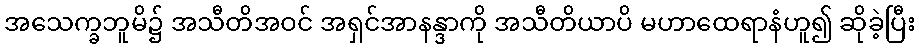
အသေက္ခဘူမိ၌ အသီတိအဝင် အရှင်အာနန္ဒာကို အသီတိယာပိ မဟာထေရာနံဟူ၍ ဆိုခဲ့ပြီး